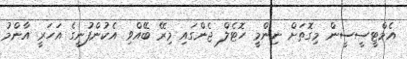
އެމްޓީސީސީން މިގޮތަށް ނިންމީ ހޮޓެލް ޖެންގައި މިރޭ ބޭއްވި އެކުންފުނީގެ އަހަރީ އާންމު